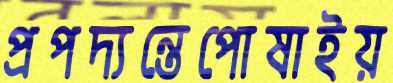
প্রপদ্যন্তেপোষাইয়